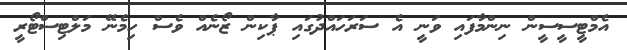
އެމްޓީސީސީން ނިންމާފައި ވަނީ އެ ސަރަހައްދުގައި ޕާކިން ޒޯނެއް ވެސް ހިމެނޭ މަލްޓިސްޓޯރީ